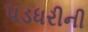
પડધરીની